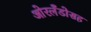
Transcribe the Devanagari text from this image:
ओरलँडोसह